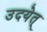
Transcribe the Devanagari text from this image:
उदयेत्‌